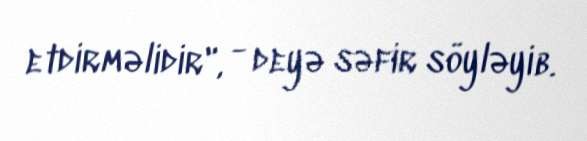
etdirməlidir", - deyə səfir söyləyib.